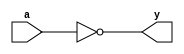
// input external delay: 4 ns
// in delay: 0.011365 ns
// input delay: 0.010861 ns
// output delay: 0.175128 ns
// out delay: 0.000627 ns
// total extra delay: 4.197981 ns
// critical path time: 11.947532  ns
// total inverter delay needed: 11.947532 - 4.197981 = 7.647751 ns
// average one inverter delay: 0.03012 ns
// inverters needed: 256

module inverter(input wire a, output wire y);
     not (y, a);
endmodule

module multiplier_replica(input wire in, output wire out);
    wire [253:0] interconnections; // Wires to connect inverters

    // Instantiate inverters individually with connections from 1 to 318
    inverter inv1(in, interconnections[0]);
    inverter inv2(interconnections[0], interconnections[1]);
    inverter inv3(interconnections[1], interconnections[2]);
    inverter inv4(interconnections[2], interconnections[3]);
    inverter inv5(interconnections[3], interconnections[4]);
    inverter inv6(interconnections[4], interconnections[5]);
    inverter inv7(interconnections[5], interconnections[6]);
    inverter inv8(interconnections[6], interconnections[7]);
    inverter inv9(interconnections[7], interconnections[8]);
    inverter inv10(interconnections[8], interconnections[9]);
    inverter inv11(interconnections[9], interconnections[10]);
    inverter inv12(interconnections[10], interconnections[11]);
    inverter inv13(interconnections[11], interconnections[12]);
    inverter inv14(interconnections[12], interconnections[13]);
    inverter inv15(interconnections[13], interconnections[14]);
    inverter inv16(interconnections[14], interconnections[15]);
    inverter inv17(interconnections[15], interconnections[16]);
    inverter inv18(interconnections[16], interconnections[17]);
    inverter inv19(interconnections[17], interconnections[18]);
    inverter inv20(interconnections[18], interconnections[19]);
    inverter inv21(interconnections[19], interconnections[20]);
    inverter inv22(interconnections[20], interconnections[21]);
    inverter inv23(interconnections[21], interconnections[22]);
    inverter inv24(interconnections[22], interconnections[23]);
    inverter inv25(interconnections[23], interconnections[24]);
    inverter inv26(interconnections[24], interconnections[25]);
    inverter inv27(interconnections[25], interconnections[26]);
    inverter inv28(interconnections[26], interconnections[27]);
    inverter inv29(interconnections[27], interconnections[28]);
    inverter inv30(interconnections[28], interconnections[29]);
    inverter inv31(interconnections[29], interconnections[30]);
    inverter inv32(interconnections[30], interconnections[31]);
    inverter inv33(interconnections[31], interconnections[32]);
    inverter inv34(interconnections[32], interconnections[33]);
    inverter inv35(interconnections[33], interconnections[34]);
    inverter inv36(interconnections[34], interconnections[35]);
    inverter inv37(interconnections[35], interconnections[36]);
    inverter inv38(interconnections[36], interconnections[37]);
    inverter inv39(interconnections[37], interconnections[38]);
    inverter inv40(interconnections[38], interconnections[39]);
    inverter inv41(interconnections[39], interconnections[40]);
    inverter inv42(interconnections[40], interconnections[41]);
    inverter inv43(interconnections[41], interconnections[42]);
    inverter inv44(interconnections[42], interconnections[43]);
    inverter inv45(interconnections[43], interconnections[44]);
    inverter inv46(interconnections[44], interconnections[45]);
    inverter inv47(interconnections[45], interconnections[46]);
    inverter inv48(interconnections[46], interconnections[47]);
    inverter inv49(interconnections[47], interconnections[48]);
    inverter inv50(interconnections[48], interconnections[49]);
    inverter inv51(interconnections[49], interconnections[50]);
    inverter inv52(interconnections[50], interconnections[51]);
    inverter inv53(interconnections[51], interconnections[52]);
    inverter inv54(interconnections[52], interconnections[53]);
    inverter inv55(interconnections[53], interconnections[54]);
    inverter inv56(interconnections[54], interconnections[55]);
    inverter inv57(interconnections[55], interconnections[56]);
    inverter inv58(interconnections[56], interconnections[57]);
    inverter inv59(interconnections[57], interconnections[58]);
    inverter inv60(interconnections[58], interconnections[59]);
    inverter inv61(interconnections[59], interconnections[60]);
    inverter inv62(interconnections[60], interconnections[61]);
    inverter inv63(interconnections[61], interconnections[62]);
    inverter inv64(interconnections[62], interconnections[63]);
    inverter inv65(interconnections[63], interconnections[64]);
    inverter inv66(interconnections[64], interconnections[65]);
    inverter inv67(interconnections[65], interconnections[66]);
    inverter inv68(interconnections[66], interconnections[67]);
    inverter inv69(interconnections[67], interconnections[68]);
    inverter inv70(interconnections[68], interconnections[69]);
    inverter inv71(interconnections[69], interconnections[70]);
    inverter inv72(interconnections[70], interconnections[71]);
    inverter inv73(interconnections[71], interconnections[72]);
    inverter inv74(interconnections[72], interconnections[73]);
    inverter inv75(interconnections[73], interconnections[74]);
    inverter inv76(interconnections[74], interconnections[75]);
    inverter inv77(interconnections[75], interconnections[76]);
    inverter inv78(interconnections[76], interconnections[77]);
    inverter inv79(interconnections[77], interconnections[78]);
    inverter inv80(interconnections[78], interconnections[79]);
    inverter inv81(interconnections[79], interconnections[80]);
    inverter inv82(interconnections[80], interconnections[81]);
    inverter inv83(interconnections[81], interconnections[82]);
    inverter inv84(interconnections[82], interconnections[83]);
    inverter inv85(interconnections[83], interconnections[84]);
    inverter inv86(interconnections[84], interconnections[85]);
    inverter inv87(interconnections[85], interconnections[86]);
    inverter inv88(interconnections[86], interconnections[87]);
    inverter inv89(interconnections[87], interconnections[88]);
    inverter inv90(interconnections[88], interconnections[89]);
    inverter inv91(interconnections[89], interconnections[90]);
    inverter inv92(interconnections[90], interconnections[91]);
    inverter inv93(interconnections[91], interconnections[92]);
    inverter inv94(interconnections[92], interconnections[93]);
    inverter inv95(interconnections[93], interconnections[94]);
    inverter inv96(interconnections[94], interconnections[95]);
    inverter inv97(interconnections[95], interconnections[96]);
    inverter inv98(interconnections[96], interconnections[97]);
    inverter inv99(interconnections[97], interconnections[98]);
    inverter inv100(interconnections[98], interconnections[99]);
    inverter inv101(interconnections[99], interconnections[100]);
    inverter inv102(interconnections[100], interconnections[101]);
    inverter inv103(interconnections[101], interconnections[102]);
    inverter inv104(interconnections[102], interconnections[103]);
    inverter inv105(interconnections[103], interconnections[104]);
    inverter inv106(interconnections[104], interconnections[105]);
    inverter inv107(interconnections[105], interconnections[106]);
    inverter inv108(interconnections[106], interconnections[107]);
    inverter inv109(interconnections[107], interconnections[108]);
    inverter inv110(interconnections[108], interconnections[109]);
    inverter inv111(interconnections[109], interconnections[110]);
    inverter inv112(interconnections[110], interconnections[111]);
    inverter inv113(interconnections[111], interconnections[112]);
    inverter inv114(interconnections[112], interconnections[113]);
    inverter inv115(interconnections[113], interconnections[114]);
    inverter inv116(interconnections[114], interconnections[115]);
    inverter inv117(interconnections[115], interconnections[116]);
    inverter inv118(interconnections[116], interconnections[117]);
    inverter inv119(interconnections[117], interconnections[118]);
    inverter inv120(interconnections[118], interconnections[119]);
    inverter inv121(interconnections[119], interconnections[120]);
    inverter inv122(interconnections[120], interconnections[121]);
    inverter inv123(interconnections[121], interconnections[122]);
    inverter inv124(interconnections[122], interconnections[123]);
    inverter inv125(interconnections[123], interconnections[124]);
    inverter inv126(interconnections[124], interconnections[125]);
    inverter inv127(interconnections[125], interconnections[126]);
    inverter inv128(interconnections[126], interconnections[127]);
    inverter inv129(interconnections[127], interconnections[128]);
    inverter inv130(interconnections[128], interconnections[129]);
    inverter inv131(interconnections[129], interconnections[130]);
    inverter inv132(interconnections[130], interconnections[131]);
    inverter inv133(interconnections[131], interconnections[132]);
    inverter inv134(interconnections[132], interconnections[133]);
    inverter inv135(interconnections[133], interconnections[134]);
    inverter inv136(interconnections[134], interconnections[135]);
    inverter inv137(interconnections[135], interconnections[136]);
    inverter inv138(interconnections[136], interconnections[137]);
    inverter inv139(interconnections[137], interconnections[138]);
    inverter inv140(interconnections[138], interconnections[139]);
    inverter inv141(interconnections[139], interconnections[140]);
    inverter inv142(interconnections[140], interconnections[141]);
    inverter inv143(interconnections[141], interconnections[142]);
    inverter inv144(interconnections[142], interconnections[143]);
    inverter inv145(interconnections[143], interconnections[144]);
    inverter inv146(interconnections[144], interconnections[145]);
    inverter inv147(interconnections[145], interconnections[146]);
    inverter inv148(interconnections[146], interconnections[147]);
    inverter inv149(interconnections[147], interconnections[148]);
    inverter inv150(interconnections[148], interconnections[149]);
    inverter inv151(interconnections[149], interconnections[150]);
    inverter inv152(interconnections[150], interconnections[151]);
    inverter inv153(interconnections[151], interconnections[152]);
    inverter inv154(interconnections[152], interconnections[153]);
    inverter inv155(interconnections[153], interconnections[154]);
    inverter inv156(interconnections[154], interconnections[155]);
    inverter inv157(interconnections[155], interconnections[156]);
    inverter inv158(interconnections[156], interconnections[157]);
    inverter inv159(interconnections[157], interconnections[158]);
    inverter inv160(interconnections[158], interconnections[159]);
    inverter inv161(interconnections[159], interconnections[160]);
    inverter inv162(interconnections[160], interconnections[161]);
    inverter inv163(interconnections[161], interconnections[162]);
    inverter inv164(interconnections[162], interconnections[163]);
    inverter inv165(interconnections[163], interconnections[164]);
    inverter inv166(interconnections[164], interconnections[165]);
    inverter inv167(interconnections[165], interconnections[166]);
    inverter inv168(interconnections[166], interconnections[167]);
    inverter inv169(interconnections[167], interconnections[168]);
    inverter inv170(interconnections[168], interconnections[169]);
    inverter inv171(interconnections[169], interconnections[170]);
    inverter inv172(interconnections[170], interconnections[171]);
    inverter inv173(interconnections[171], interconnections[172]);
    inverter inv174(interconnections[172], interconnections[173]);
    inverter inv175(interconnections[173], interconnections[174]);
    inverter inv176(interconnections[174], interconnections[175]);
    inverter inv177(interconnections[175], interconnections[176]);
    inverter inv178(interconnections[176], interconnections[177]);
    inverter inv179(interconnections[177], interconnections[178]);
    inverter inv180(interconnections[178], interconnections[179]);
    inverter inv181(interconnections[179], interconnections[180]);
    inverter inv182(interconnections[180], interconnections[181]);
    inverter inv183(interconnections[181], interconnections[182]);
    inverter inv184(interconnections[182], interconnections[183]);
    inverter inv185(interconnections[183], interconnections[184]);
    inverter inv186(interconnections[184], interconnections[185]);
    inverter inv187(interconnections[185], interconnections[186]);
    inverter inv188(interconnections[186], interconnections[187]);
    inverter inv189(interconnections[187], interconnections[188]);
    inverter inv190(interconnections[188], interconnections[189]);
    inverter inv191(interconnections[189], interconnections[190]);
    inverter inv192(interconnections[190], interconnections[191]);
    inverter inv193(interconnections[191], interconnections[192]);
    inverter inv194(interconnections[192], interconnections[193]);
    inverter inv195(interconnections[193], interconnections[194]);
    inverter inv196(interconnections[194], interconnections[195]);
    inverter inv197(interconnections[195], interconnections[196]);
    inverter inv198(interconnections[196], interconnections[197]);
    inverter inv199(interconnections[197], interconnections[198]);
    inverter inv200(interconnections[198], interconnections[199]);
    inverter inv201(interconnections[199], interconnections[200]);
    inverter inv202(interconnections[200], interconnections[201]);
    inverter inv203(interconnections[201], interconnections[202]);
    inverter inv204(interconnections[202], interconnections[203]);
    inverter inv205(interconnections[203], interconnections[204]);
    inverter inv206(interconnections[204], interconnections[205]);
    inverter inv207(interconnections[205], interconnections[206]);
    inverter inv208(interconnections[206], interconnections[207]);
    inverter inv209(interconnections[207], interconnections[208]);
    inverter inv210(interconnections[208], interconnections[209]);
    inverter inv211(interconnections[209], interconnections[210]);
    inverter inv212(interconnections[210], interconnections[211]);
    inverter inv213(interconnections[211], interconnections[212]);
    inverter inv214(interconnections[212], interconnections[213]);
    inverter inv215(interconnections[213], interconnections[214]);
    inverter inv216(interconnections[214], interconnections[215]);
    inverter inv217(interconnections[215], interconnections[216]);
    inverter inv218(interconnections[216], interconnections[217]);
    inverter inv219(interconnections[217], interconnections[218]);
    inverter inv220(interconnections[218], interconnections[219]);
    inverter inv221(interconnections[219], interconnections[220]);
    inverter inv222(interconnections[220], interconnections[221]);
    inverter inv223(interconnections[221], interconnections[222]);
    inverter inv224(interconnections[222], interconnections[223]);
    inverter inv225(interconnections[223], interconnections[224]);
    inverter inv226(interconnections[224], interconnections[225]);
    inverter inv227(interconnections[225], interconnections[226]);
    inverter inv228(interconnections[226], interconnections[227]);
    inverter inv229(interconnections[227], interconnections[228]);
    inverter inv230(interconnections[228], interconnections[229]);
    inverter inv231(interconnections[229], interconnections[230]);
    inverter inv232(interconnections[230], interconnections[231]);
    inverter inv233(interconnections[231], interconnections[232]);
    inverter inv234(interconnections[232], interconnections[233]);
    inverter inv235(interconnections[233], interconnections[234]);
    inverter inv236(interconnections[234], interconnections[235]);
    inverter inv237(interconnections[235], interconnections[236]);
    inverter inv238(interconnections[236], interconnections[237]);
    inverter inv239(interconnections[237], interconnections[238]);
    inverter inv240(interconnections[238], interconnections[239]);
    inverter inv241(interconnections[239], interconnections[240]);
    inverter inv242(interconnections[240], interconnections[241]);
    inverter inv243(interconnections[241], interconnections[242]);
    inverter inv244(interconnections[242], interconnections[243]);
    inverter inv245(interconnections[243], interconnections[244]);
    inverter inv246(interconnections[244], interconnections[245]);
    inverter inv247(interconnections[245], interconnections[246]);
    inverter inv248(interconnections[246], interconnections[247]);
    inverter inv249(interconnections[247], interconnections[248]);
    inverter inv250(interconnections[248], interconnections[249]);
    inverter inv251(interconnections[249], interconnections[250]);
    inverter inv252(interconnections[250], interconnections[251]);
    inverter inv253(interconnections[251], interconnections[252]);
    inverter inv254(interconnections[252], interconnections[253]);
    inverter inv255(interconnections[253], out);

endmodule